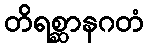
တိရစ္ဆာနဂတံ